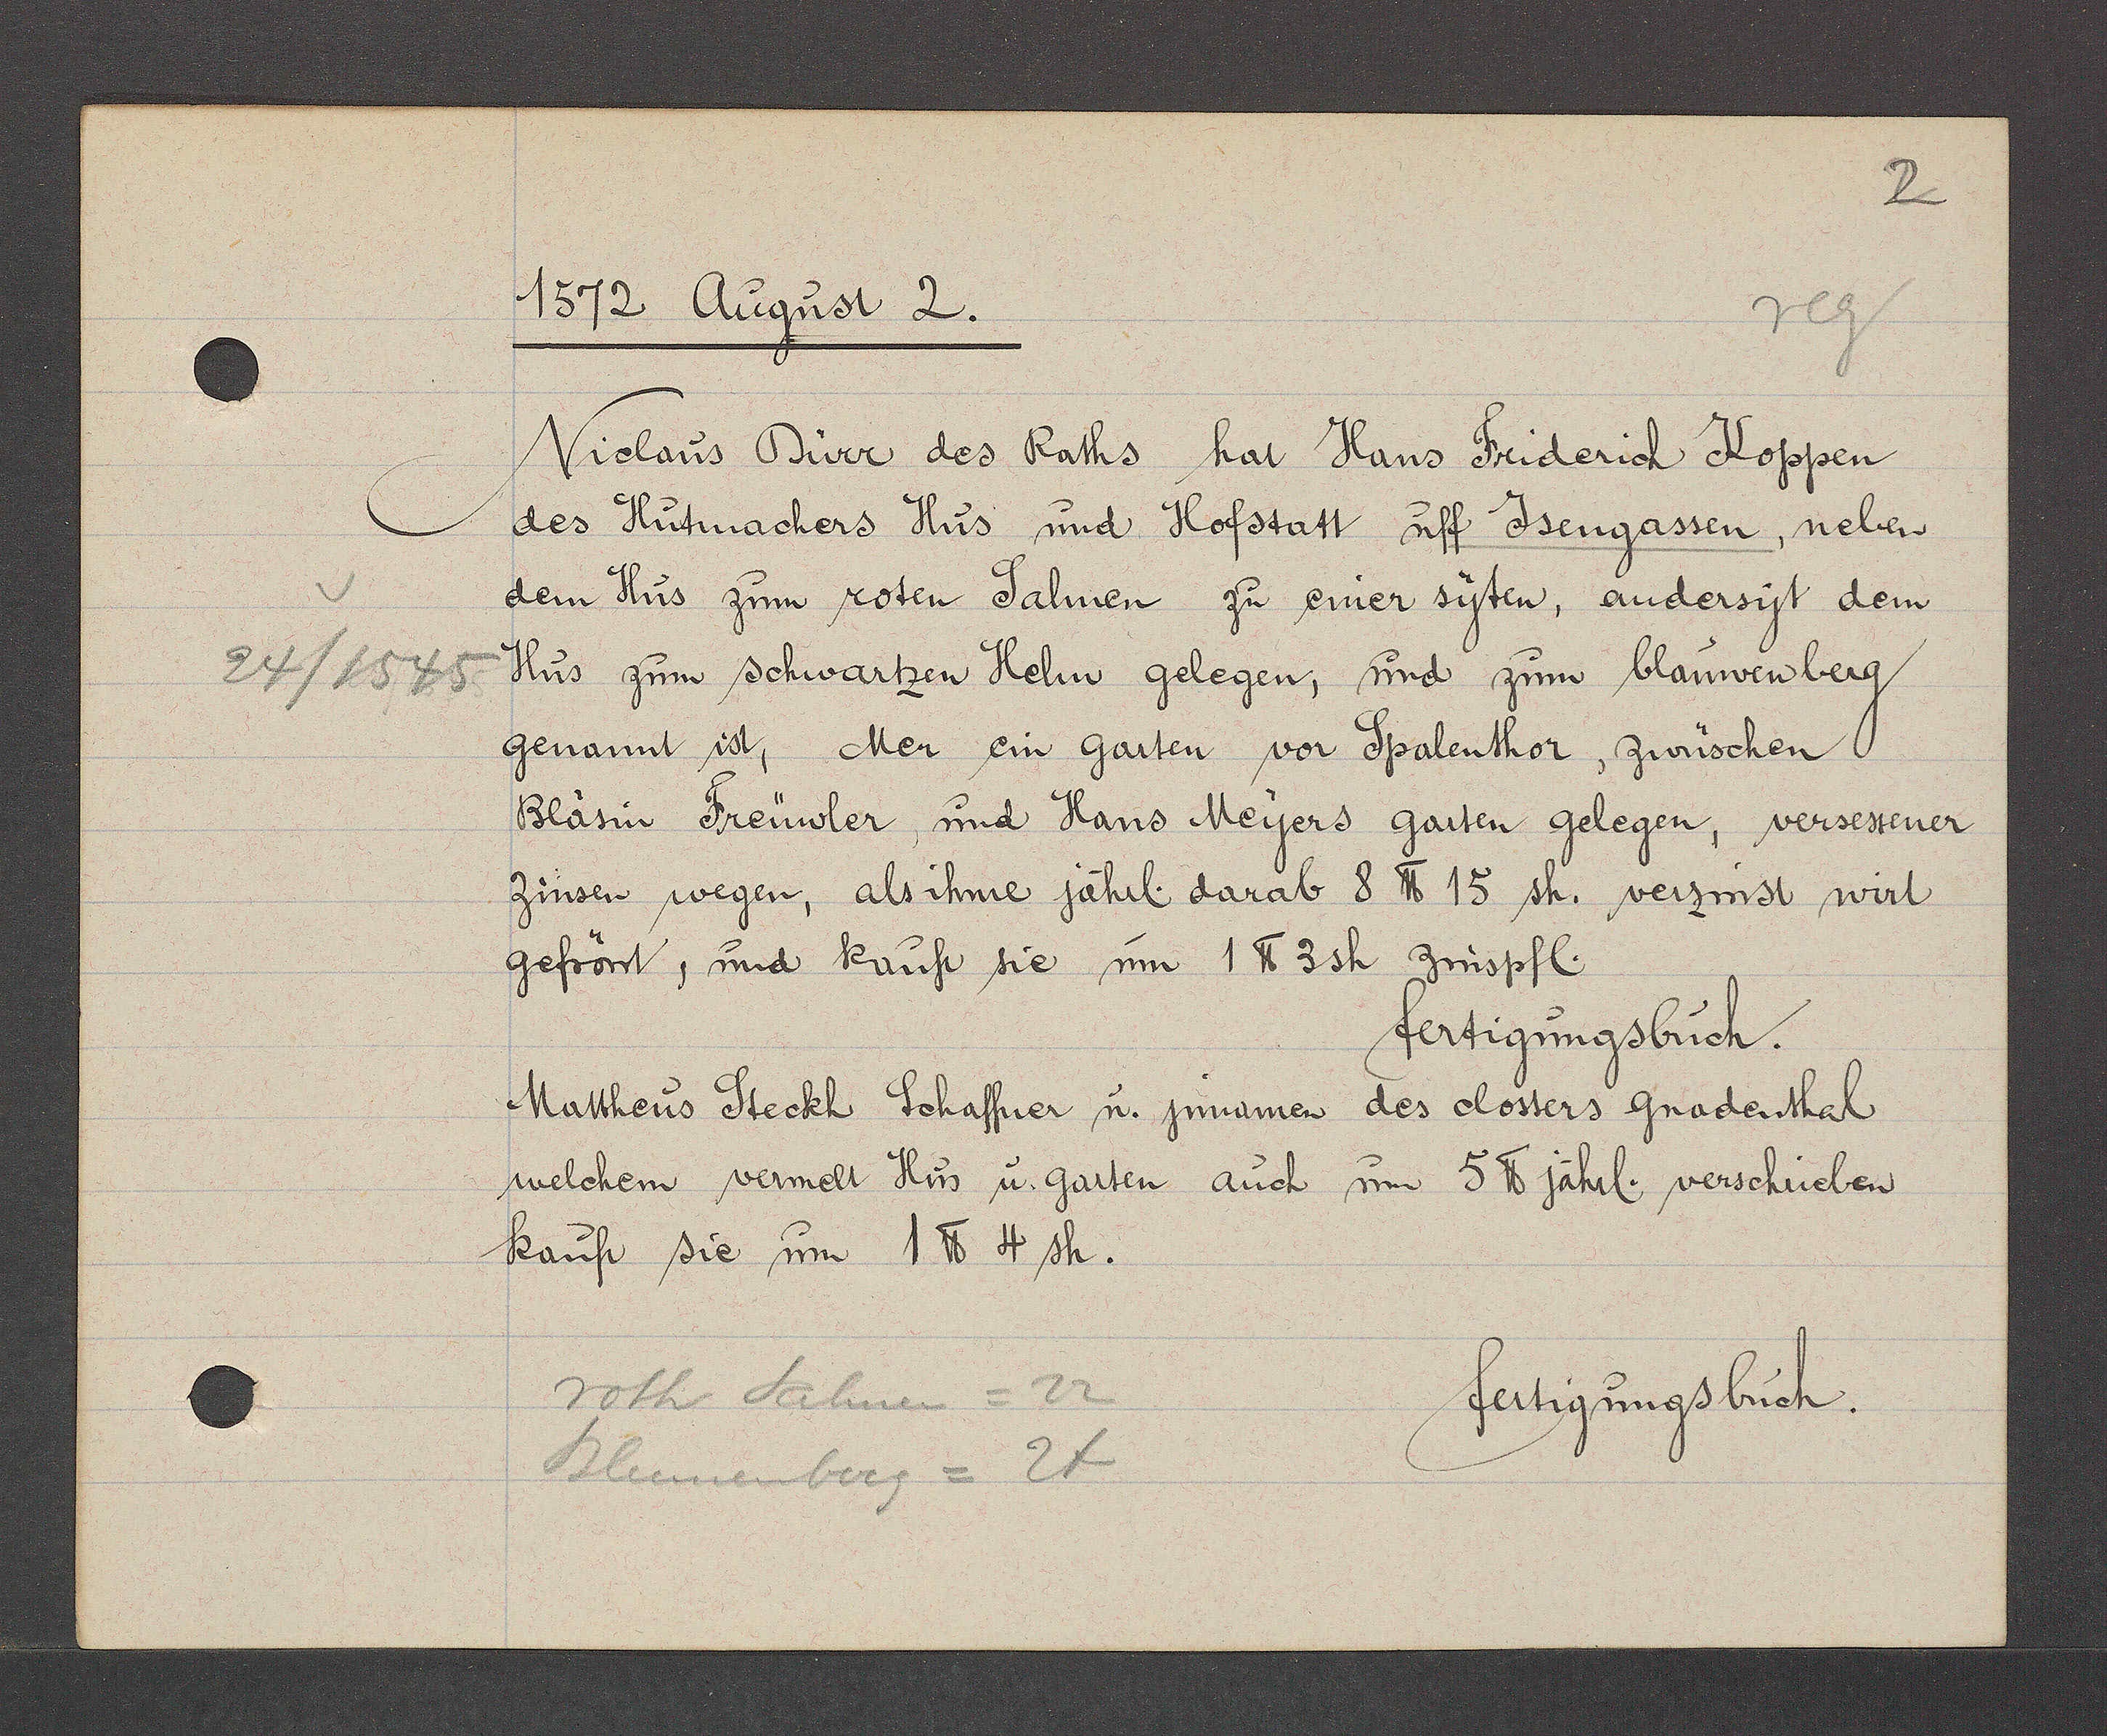
Transcript:
24/1545.

1572 August 2.
Niclaus Dürr des Raths hat Haus Friderich Koppen
des Hutmachers Hüs und Hofstatt uff Jsengassen, neben
dem Hus zum roten Salmen zu einer syten, andersyt dem
Hus zum schwartzen Helm gelegen, und zum blauwenberg
genannt ist, Mer ein garten vor Spalenthor, zwüschen
Bläsin Freüwler, und Hans Meyers garten gelegen, versessener
zinsen wegen, als ihme jährl. darab ℔ 15 sh. verzinst wirt
gefrönt, und kauft sie um 1 ℔ 3sh zinspfl.
fertigungsbuch.
Mattheus Steckl. Schaffner u. jnnamen des closters Gradenthal
welchem vermelt Hüs u. garten auch um 5 ℔ jährl. verschrieben
Kauft sie um 1 ℔ 4 sh.
roth Salmen = 22
fertigungsbuch.
Blumenberg = 24